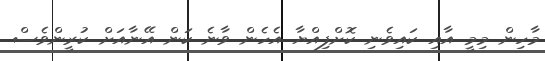
މާހިން މިމީ އާއި ކައިވެނި ކޮށްފިއްޔާ އެހެން ވާނެ ކަން އޭނާއަށް ކުރީންވެސް